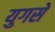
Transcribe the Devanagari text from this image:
युगसे